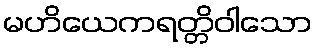
မဟိယေကရတ္တိဝါသော